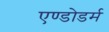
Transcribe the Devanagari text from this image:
एण्डोडर्म